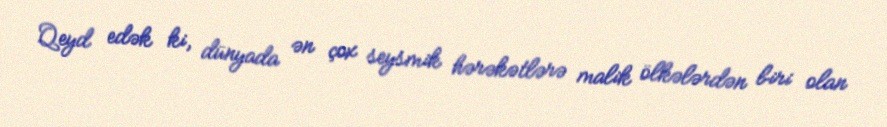
Qeyd edək ki, dünyada ən çox seysmik hərəkətlərə malik ölkələrdən biri olan